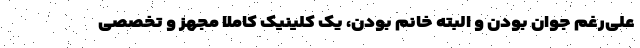
علی‌رغم جوان بودن و البته خانم بودن، یک کلینیک کاملا مجهز و تخصصی